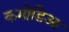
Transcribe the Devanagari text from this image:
कमोडिआ